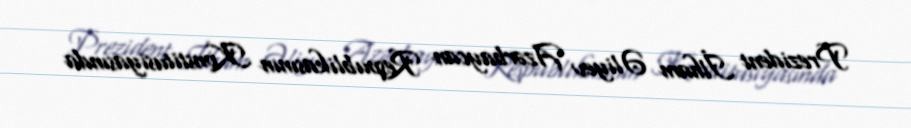
Prezident İlham Əliyev Azərbaycan Respublikasının Konstitusiyasında